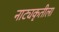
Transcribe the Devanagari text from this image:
नाट्यकृतीला